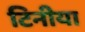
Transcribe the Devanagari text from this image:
टिनीया